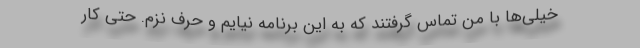
خیلی‌ها با من تماس گرفتند که به این برنامه نیایم و حرف نزم. حتی کار